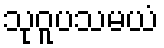
သုဝူပသမယံ